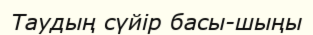
Таудың сүйір басы-шыңы